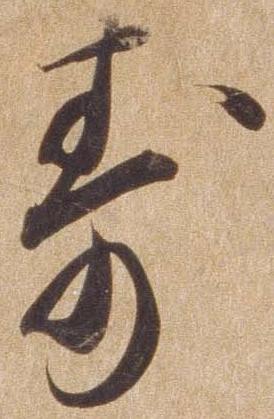
寿